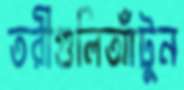
তরীগুলিআঁটুন